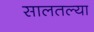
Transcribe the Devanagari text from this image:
सालतल्या